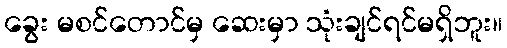
ခွေး မစင်တောင်မှ ဆေးမှာ သုံးချင်ရင်မရှိဘူး။